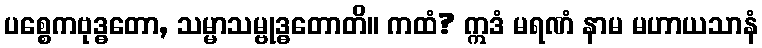
ပစ္စေကဗုဒ္ဓတော, သမ္မာသမ္ဗုဒ္ဓတောတိ။ ကထံ? ဣဒံ မရဏံ နာမ မဟာယသာနံ